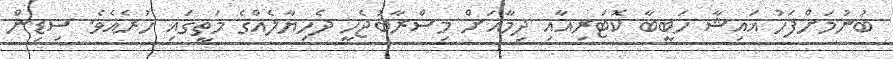
ބުނުމަށްފަހު އައިޝާ ހަބީބާ ކޮޓަރިއާއި ދިމާއަށް މިސްރާބުޖެހީ ދެހިޔާލެއްގެ މަތީގައި ހުރެއެވެ. ސިޑިން